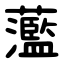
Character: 蘫